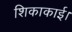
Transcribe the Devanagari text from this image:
शिकाकाई।